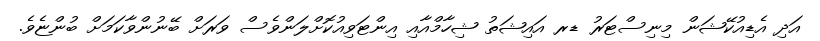
އަދި އެޑިއުކޭޝަން މިނިސްޓަރު ޑރ އައިޝަތު ޝިހާމްއާއި އިންޓަވިއުކޮށްލަންވެސް ވަރަށް ބޭނުންވާކަމަށް ބުންޏެވެ.